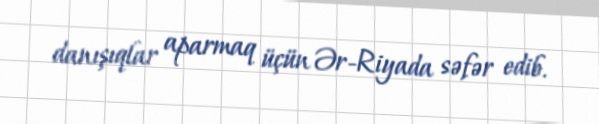
danışıqlar aparmaq üçün Ər-Riyada səfər edib.